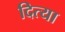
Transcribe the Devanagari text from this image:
दित्या